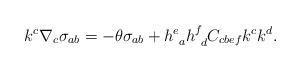
LaTeX: \begin{align*}k^c \nabla_c \sigma_{ab} =-\theta \sigma_{ab} + h^e_{~a} h^f_{~d} C_{cbef} k^c k^d.\end{align*}